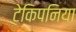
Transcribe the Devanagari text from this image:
टेकिपनिया